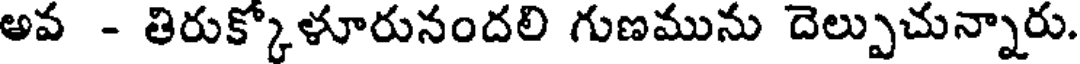
అవ - తిరుక్కోళూరునందలి గుణమును దెల్పుచున్నారు.